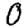
Digit: 0